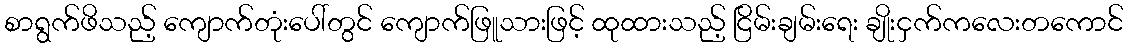
စာရွက်ဖိသည့် ကျောက်တုံးပေါ်တွင် ကျောက်ဖြူသားဖြင့် ထုထားသည့် ငြိမ်းချမ်းရေး ချိုးငှက်ကလေးတကောင်